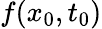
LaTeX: f(x_{0},t_{0})